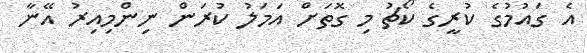
އެ ގައުމުގެ ކުރީގެ ކޯޗު މި ގޮތަށް އަމަލު ކުރަން ނިންމިއިރު އޭނާ